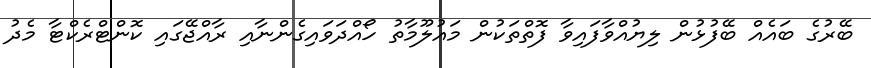
ބޭރުގެ ބައެއް ބޭފުޅުން ލިޔުއްވާފައިވާ ފޮތްތަކުން މައުލޫމާތު ހޯއްދަވައިގެންނާއި ރާއްޖޭގައި ކޮންޓްރެކްޓާ މެދު